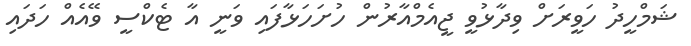
ޝަމްހީދު ހަވީރަށް ވިދާޅުވީ ޖީއެމްއާރުން ހުށަހަޅާފައި ވަނީ އާ ޓެކްސީ ވޭއެއް ހަދައި